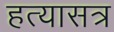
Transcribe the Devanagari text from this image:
हत्यासत्र